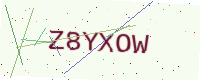
Text: Z8YXOW